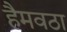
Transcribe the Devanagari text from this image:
हैमवठा